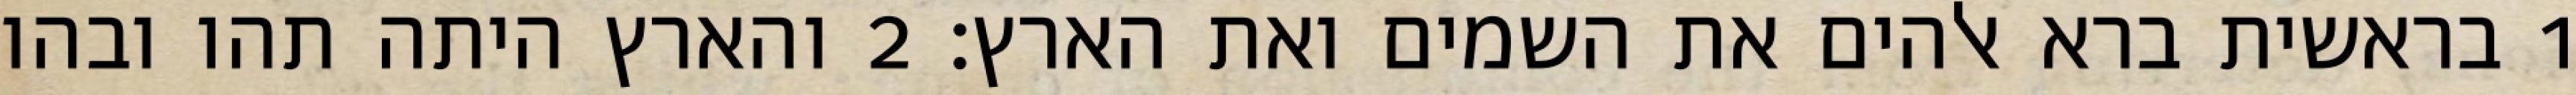
1 בראשית ברא אלהים את השמים ואת הארץ׃ ‎2‏ והארץ היתה תהו ובהו